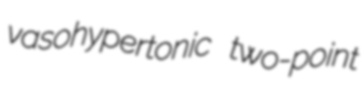
vasohypertonic two-point